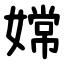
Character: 嫦